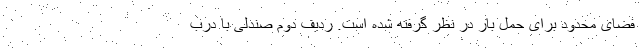
فضای محدود برای حمل بار در نظر گرفته شده است. ردیف دوم صندلی با درب